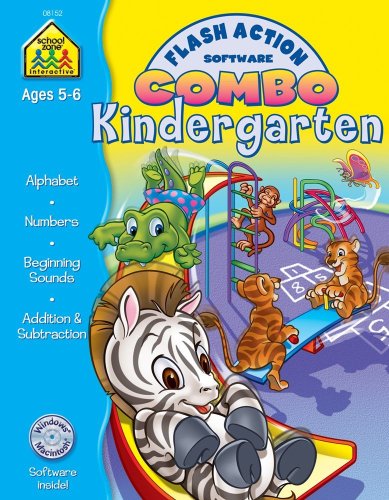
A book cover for Kindergarten Flash Action Combo; Joan Hoffman; Children's Books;